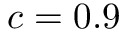
c = 0 . 9